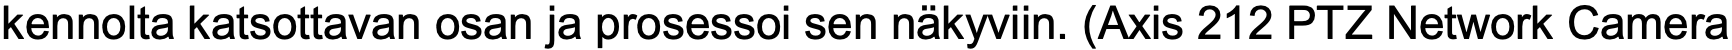
kennolta katsottavan osan ja prosessoi sen näkyviin. (Axis 212 PTZ Network Camera